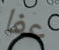
عفا